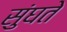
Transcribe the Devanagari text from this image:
सुंघते